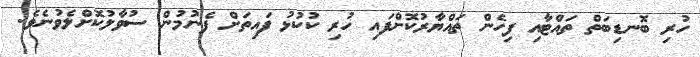
ހުރި ބޮނޑިބަތް ތައްޓާއި ފިހެން ތައްޔާރުކޮށްފައި ހުރި ކުކުޅު ފައިތަށް ފެނުމުން ސުވާލުކޮށްލެވުނެވެ.